Bréfritari: Guðný Jónsdóttir
Viðtakandi: Jón Borgfirðingur
Dagsetning: A-1899-01-29
Skrifað á: Sauðafelli  Dal.
Dóttir Jóns Borgfirðings

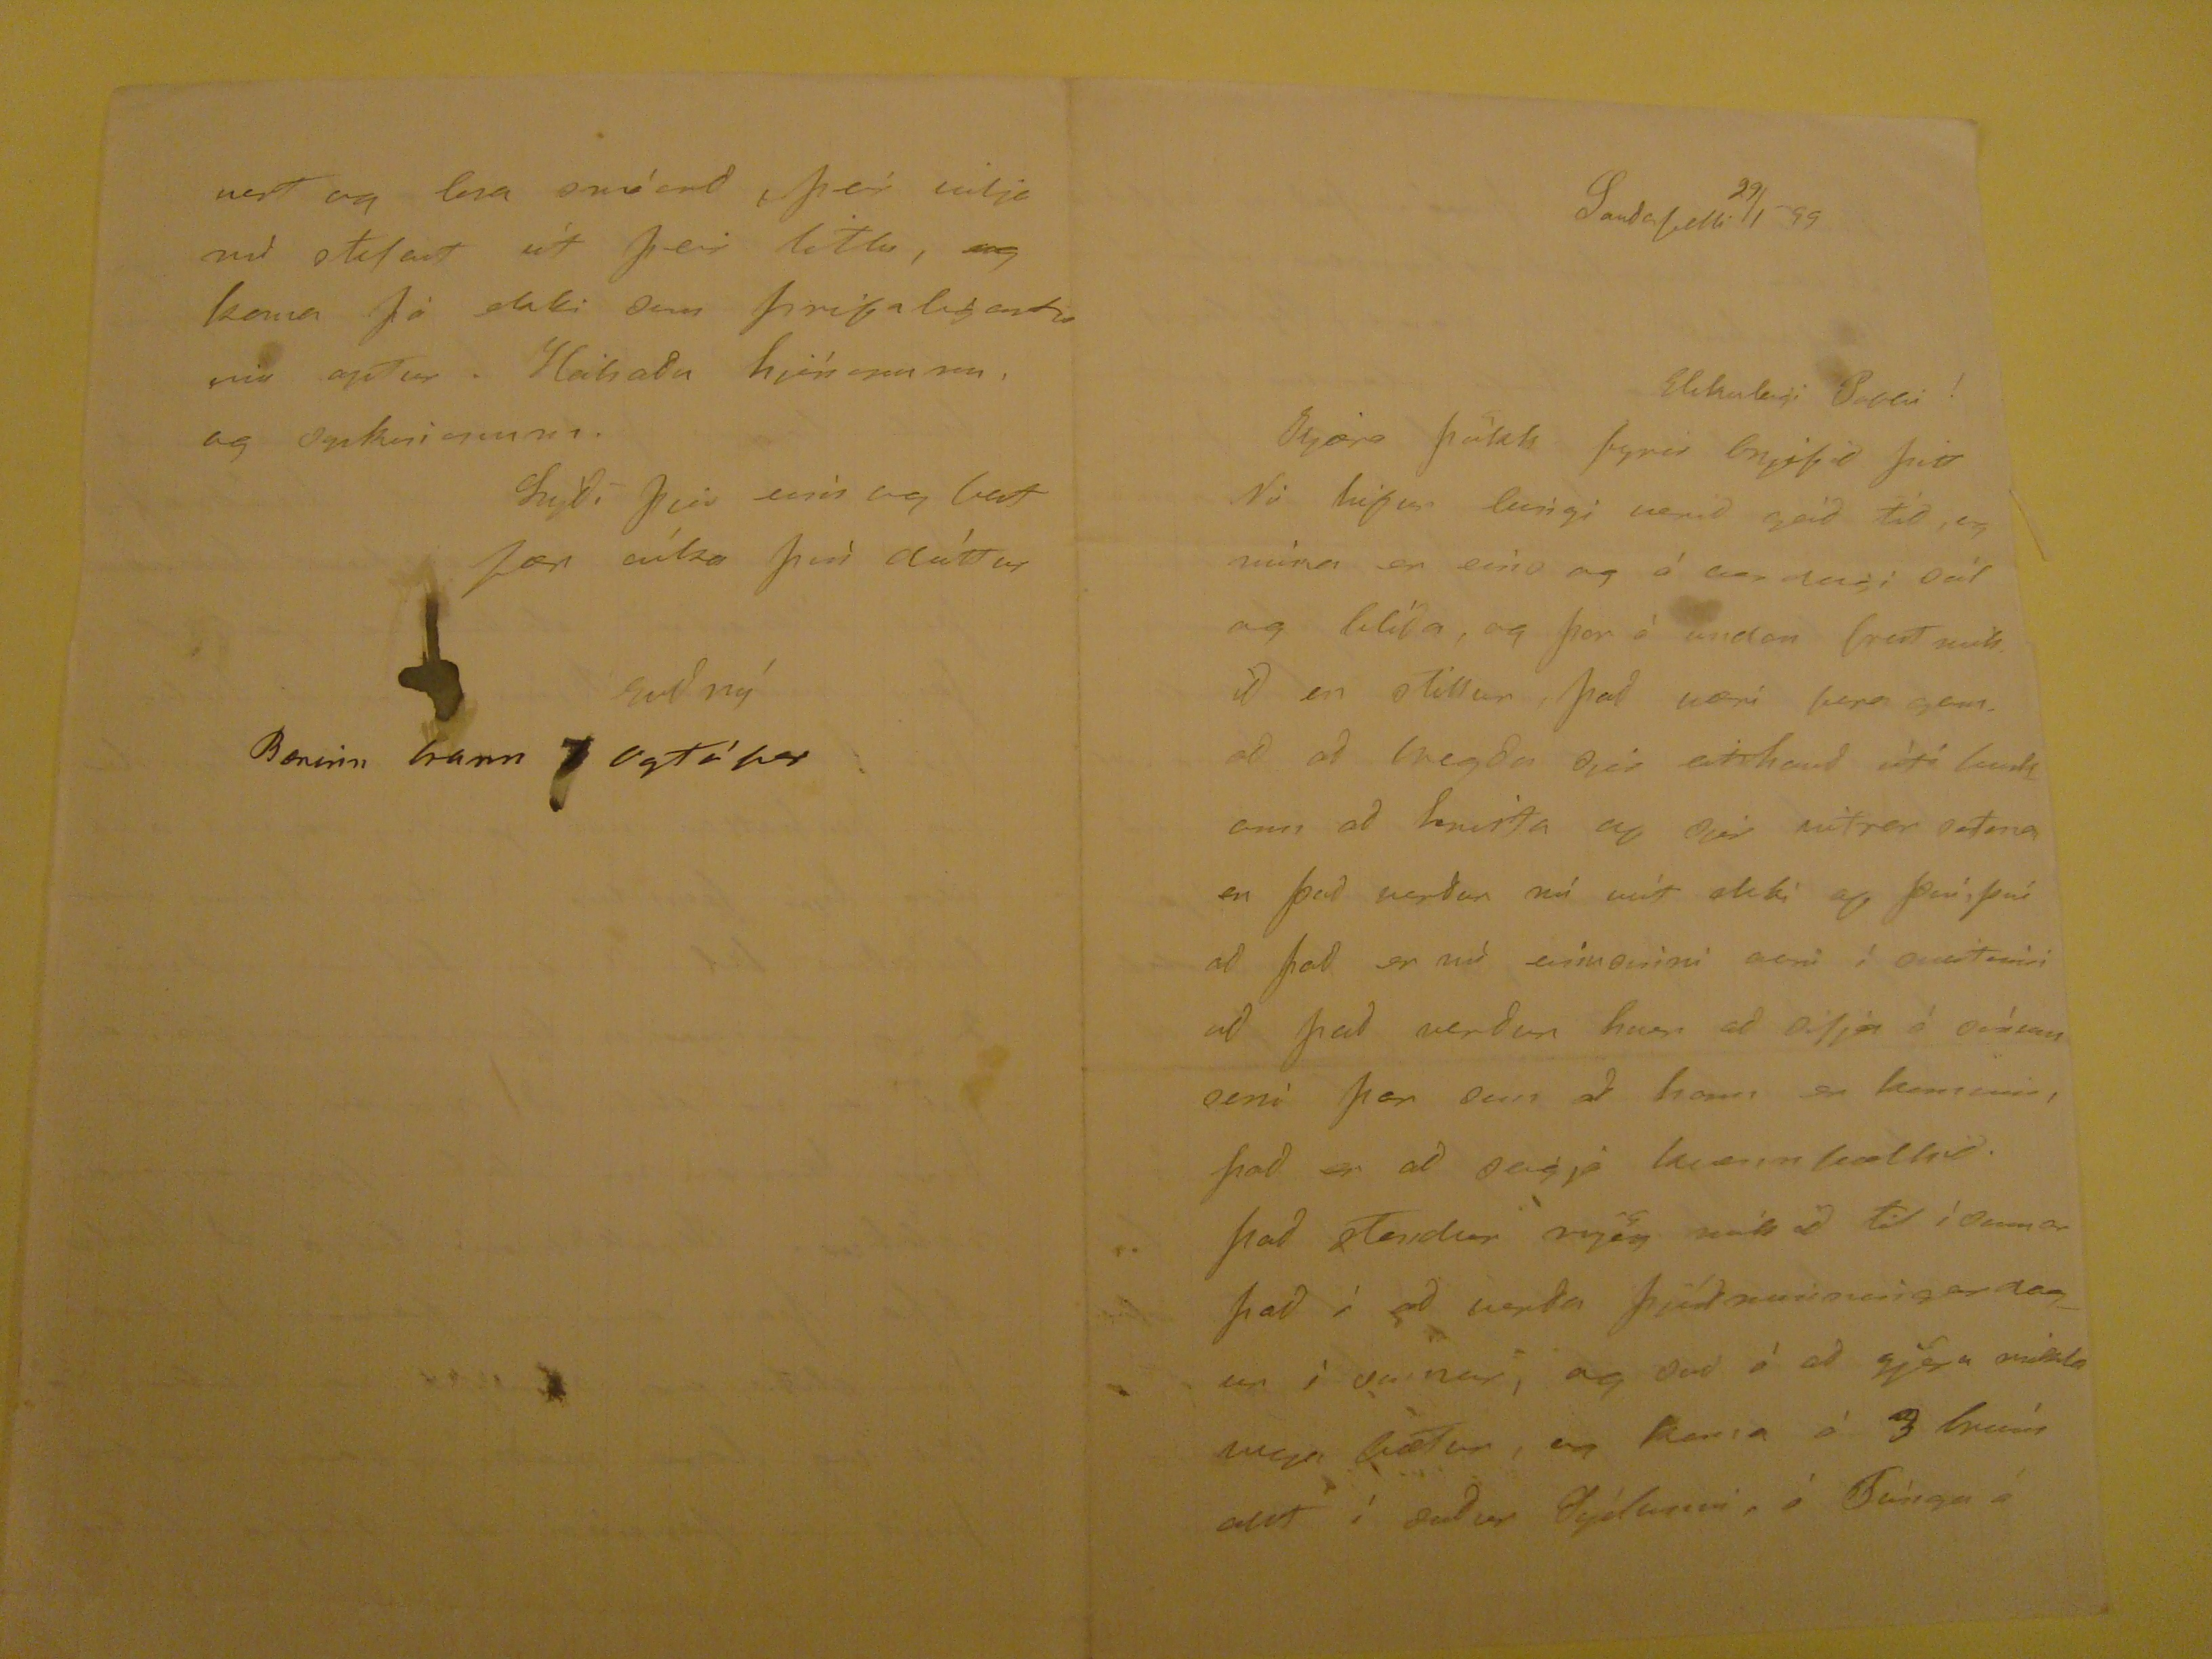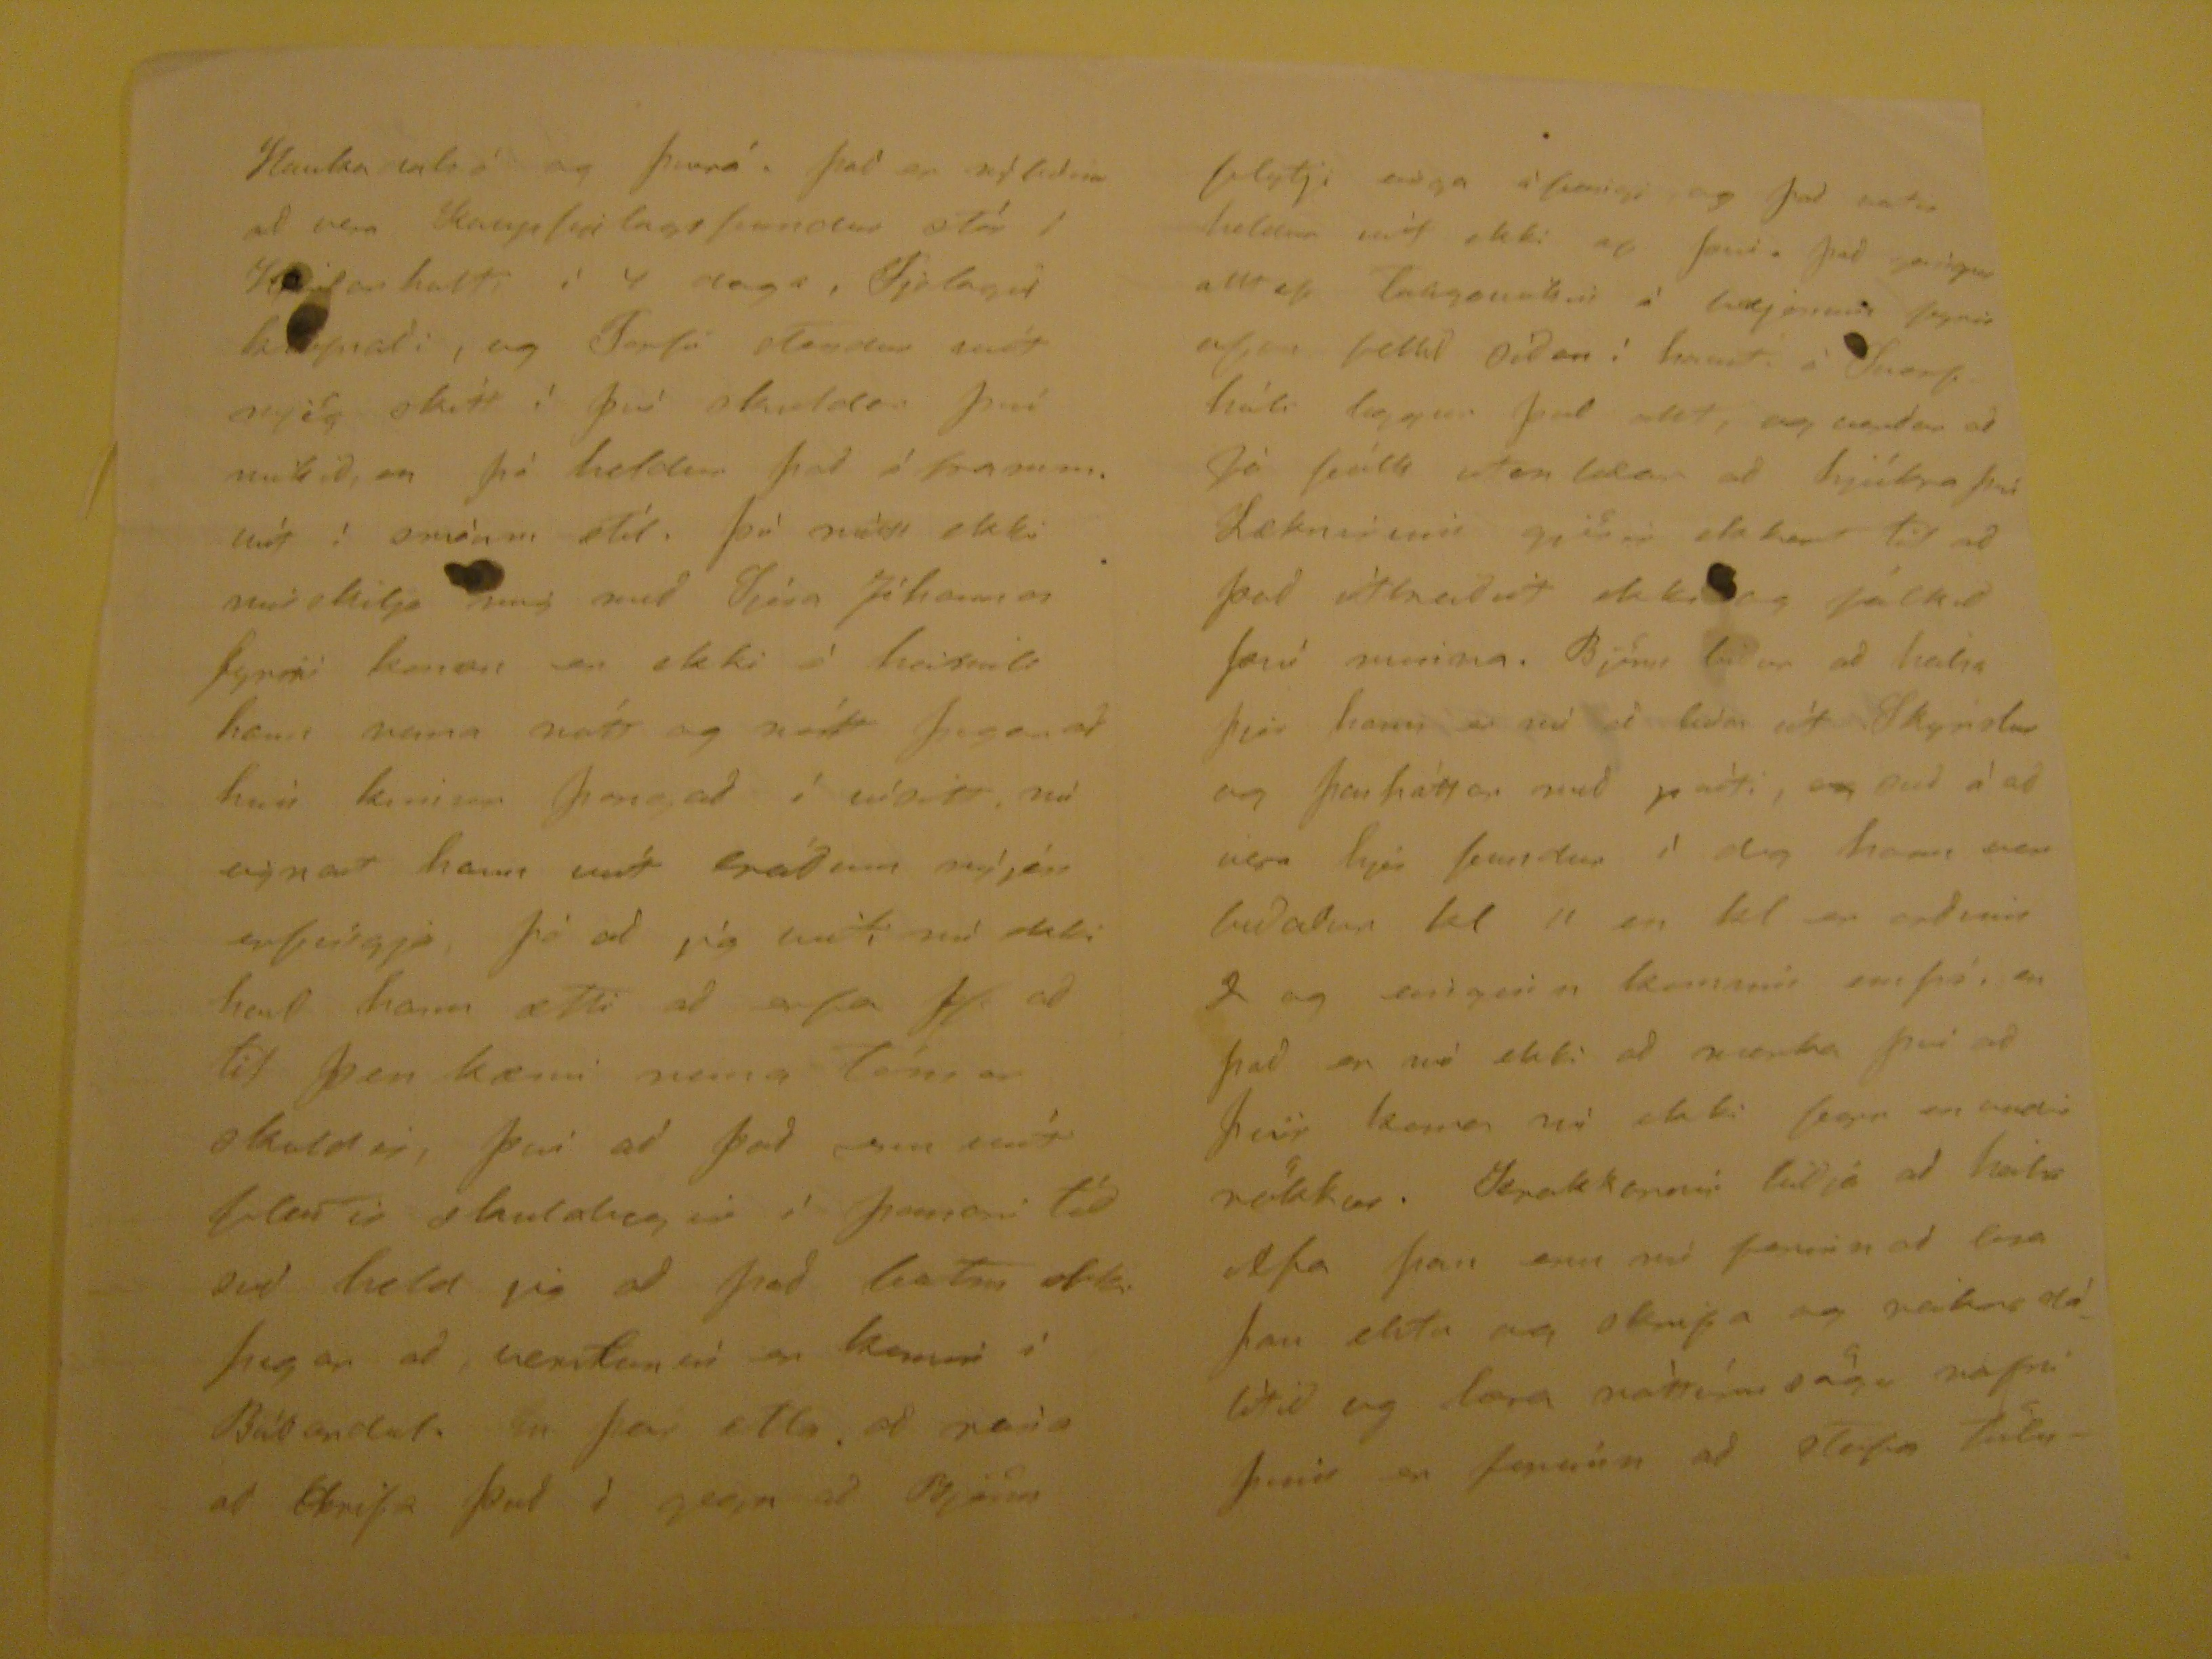

Sauðafelli 29/1 99
Elskuleigi Pabbi!
Kjæra þökk fyrir brjefið þitt Nú hifur leingi verið góð tíð, og núna er eins og á vordagi sól og blíða, og þar á undan frost mikið en stillur, það væri bara gam að að bregða sjer eitthvað ùtí kuldann að hrista af sjer vetrar safna en það verður nú víst ekki af því, því að það er nú einu sinni sem í sveitinni að það verður hver að
Dilja
á sínum seni þar sem að hann er kominn, það er að seigja
kvænnkældur
. það stendur mjög mikið til ì sumar það ì að verða þjóðarsamningardagur ì sumar, og svo à að gjöra mikla vega bætur, en koma á 3 brúm allt í suður S´slunni, í Tùngu á
Haukadalsá og þverá. það er nýbúinn að vera kaupþinglagsfundur stór í
Hólarholti
ì 4 daga,
Fjólagir
hafnaði, og Torfi stendur víst mjö
skítt
ì þvì skuldir því mikið, en þó heldur það á
honum út
í smáum stíl. þú màtt ekki misskilja mig með Sjira Jóhannes fyrri konan er ekki á heilsuill hans vona nótt og nótt þegar að hún kemur þangað í vísitt. nú eignast hann víst bráðum nýjan erfingja, þó að jig viti nú ekki hvort hann ætti að erfa
fje
að til þess kæmi nuna
Tóns
er skuldir, því að það sem víst flestir skuldugir ì þessari tíð svo held jig að það bætir ekki þegar að,
verítanin
er komin í
Bóbandat
En þar ætla að reina að skrifa því ì gegn að Björn
flytji
enga í fæmigi
og það
vetir
heldur víst ekki af því. það geingur alltaf Taugaveikin á
heyinum
fyrir ofan þettað síðan í hasut á Svarfshóli leggur það allt, og verður að fá fólk
utan lekar
að hjúkra því Læknirin gjörir ekkert til að það útbreiðist ekki og fólkið því minna. Björn biður að heilsa þjer hann er nú að
liða
út Skýrslur og þessháttar með pòsti, og svo à að vera hjerfundur ì dag hann var
biðaður
kl 11 en kl er orðinn 2 og einginn kominn enþá. en það er nú ekki að marka því að þeir koma nú ekki firr en undir rökkur. krakkarnir biðja að heilsa Afa þan enn nú farnir að lesa þau elsta og skrifa og reikna dálìtið og læra nàttúru sögu nafni þinn er farinn að stafa tölu
vert og lesa
snúand
þeir vilja með stelast út þeir litlu, og koma þá ekki sem þrifiligastir inn aptur. Heilsaður hjónunum, og
sgikurinnu
.
Lýði þjjer eins og best fær óska þìn dóttur
Guðný
Bærinn hann
Ugtápar